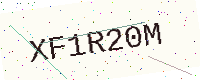
Text: XF1R20M